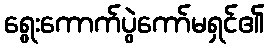
ရွေးကောက်ပွဲကော်မရှင်၏